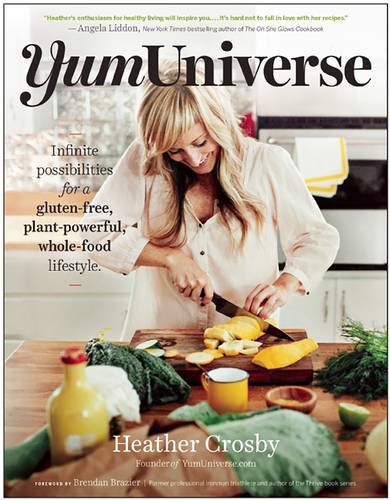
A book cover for YumUniverse: Infinite Possibilities for a Gluten-Free, Plant-Powerful, Whole-Food Lifestyle; Heather Crosby; Cookbooks, Food & Wine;